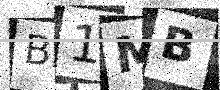
Text: B1MB